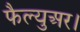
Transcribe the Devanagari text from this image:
फैल्युअर।